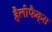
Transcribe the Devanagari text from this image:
हैलीफैक्स